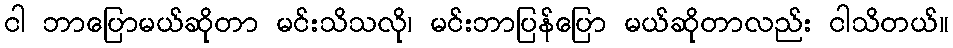
ငါ ဘာပြောမယ်ဆိုတာ မင်းသိသလို၊ မင်းဘာပြန်ပြော မယ်ဆိုတာလည်း ငါသိတယ်။